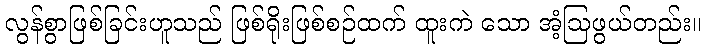
လွန်စွာဖြစ်ခြင်းဟူသည် ဖြစ်ရိုးဖြစ်စဉ်ထက် ထူးကဲ သော အံ့ဩဖွယ်တည်း။